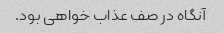
آنگاه در صف عذاب خواهی بود.